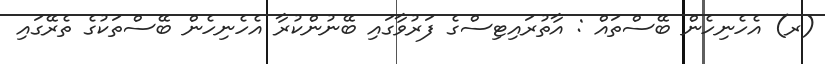
(ރ) އެހެނިހެން ބޭސްތައް : އާތުރައިޓިސްގެ ފަރުވާގައި ބޭނުންކުރާ އެހެނިހެން ބޭސްތަކުގެ ތެރޭގައި